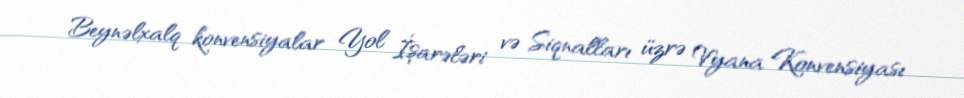
Beynəlxalq konvensiyalar Yol İşarələri və Siqnalları üzrə Vyana Konvensiyası